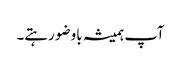
آپ ہمیشہ باوضو رہتے۔